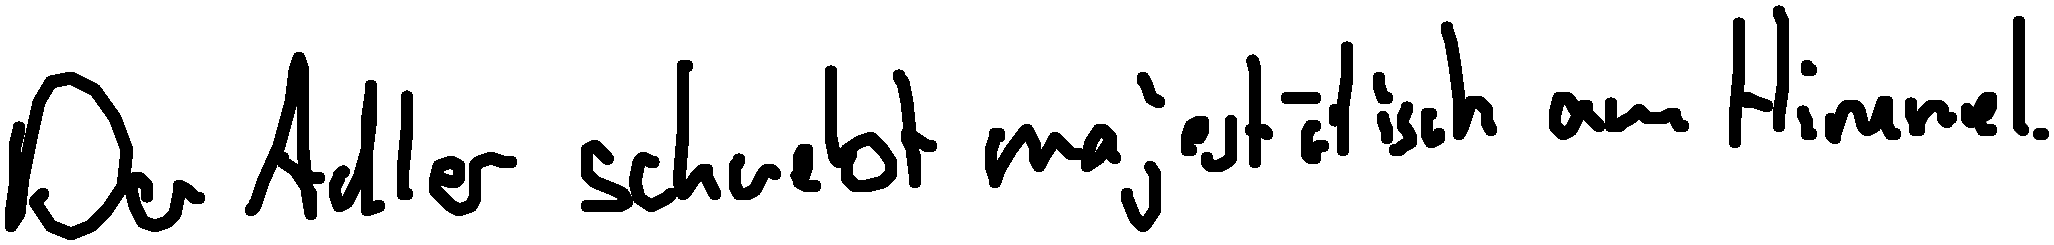
Der Adler schwebt majestätisch am Himmel.